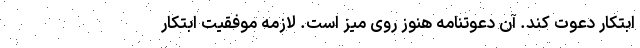
ابتکار دعوت کند. آن دعوتنامه هنوز روی میز است. لازمه موفقیت ابتکار